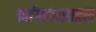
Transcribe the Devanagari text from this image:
वर्तमानाबद्दल